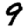
Digit: 9